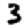
Digit: 3